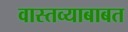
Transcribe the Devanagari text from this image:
वास्तव्याबाबत